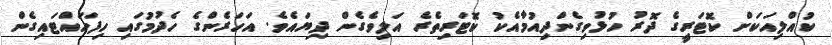
ކުއްލިއަކަށް ކޮޓަރީގެ ދޮރު ހުޅުވިގެންދިއުމާއެކު ކޮޓަރިތެރެ އަލިވެގެން ދިޔައެވެ. އަހަރެންގެ ހެދުމުގައި ހިފަހައްޓައިގެން